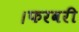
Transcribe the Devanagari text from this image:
।फरवरी